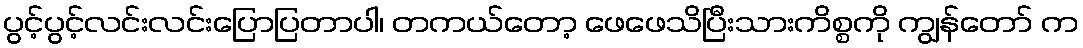
ပွင့်ပွင့်လင်းလင်းပြောပြတာပါ၊ တကယ်တော့ ဖေဖေသိပြီးသားကိစ္စကို ကျွန်တော် က